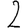
Digit: 2